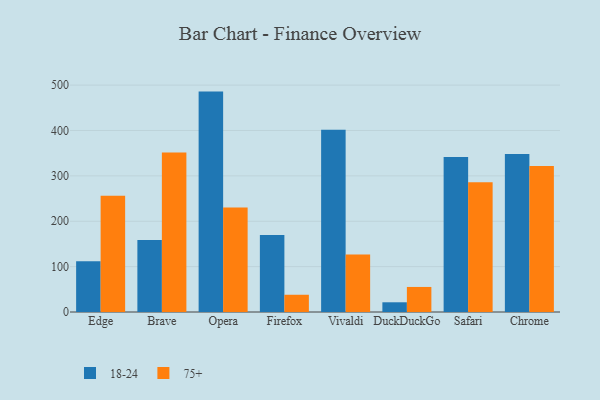
{"axis": {"x": "Browser", "y": "Market Share (%)"}, "legend": ["18-24", "75+"], "data": [{"x": "Edge", "y": 111.8, "type": "18-24"}, {"x": "Edge", "y": 256.4, "type": "75+"}, {"x": "Brave", "y": 158.5, "type": "18-24"}, {"x": "Brave", "y": 351.5, "type": "75+"}, {"x": "Opera", "y": 485.7, "type": "18-24"}, {"x": "Opera", "y": 230.4, "type": "75+"}, {"x": "Firefox", "y": 169.6, "type": "18-24"}, {"x": "Firefox", "y": 38.0, "type": "75+"}, {"x": "Vivaldi", "y": 401.7, "type": "18-24"}, {"x": "Vivaldi", "y": 126.6, "type": "75+"}, {"x": "DuckDuckGo", "y": 21.4, "type": "18-24"}, {"x": "DuckDuckGo", "y": 55.2, "type": "75+"}, {"x": "Safari", "y": 341.4, "type": "18-24"}, {"x": "Safari", "y": 286.0, "type": "75+"}, {"x": "Chrome", "y": 348.2, "type": "18-24"}, {"x": "Chrome", "y": 321.5, "type": "75+"}]}